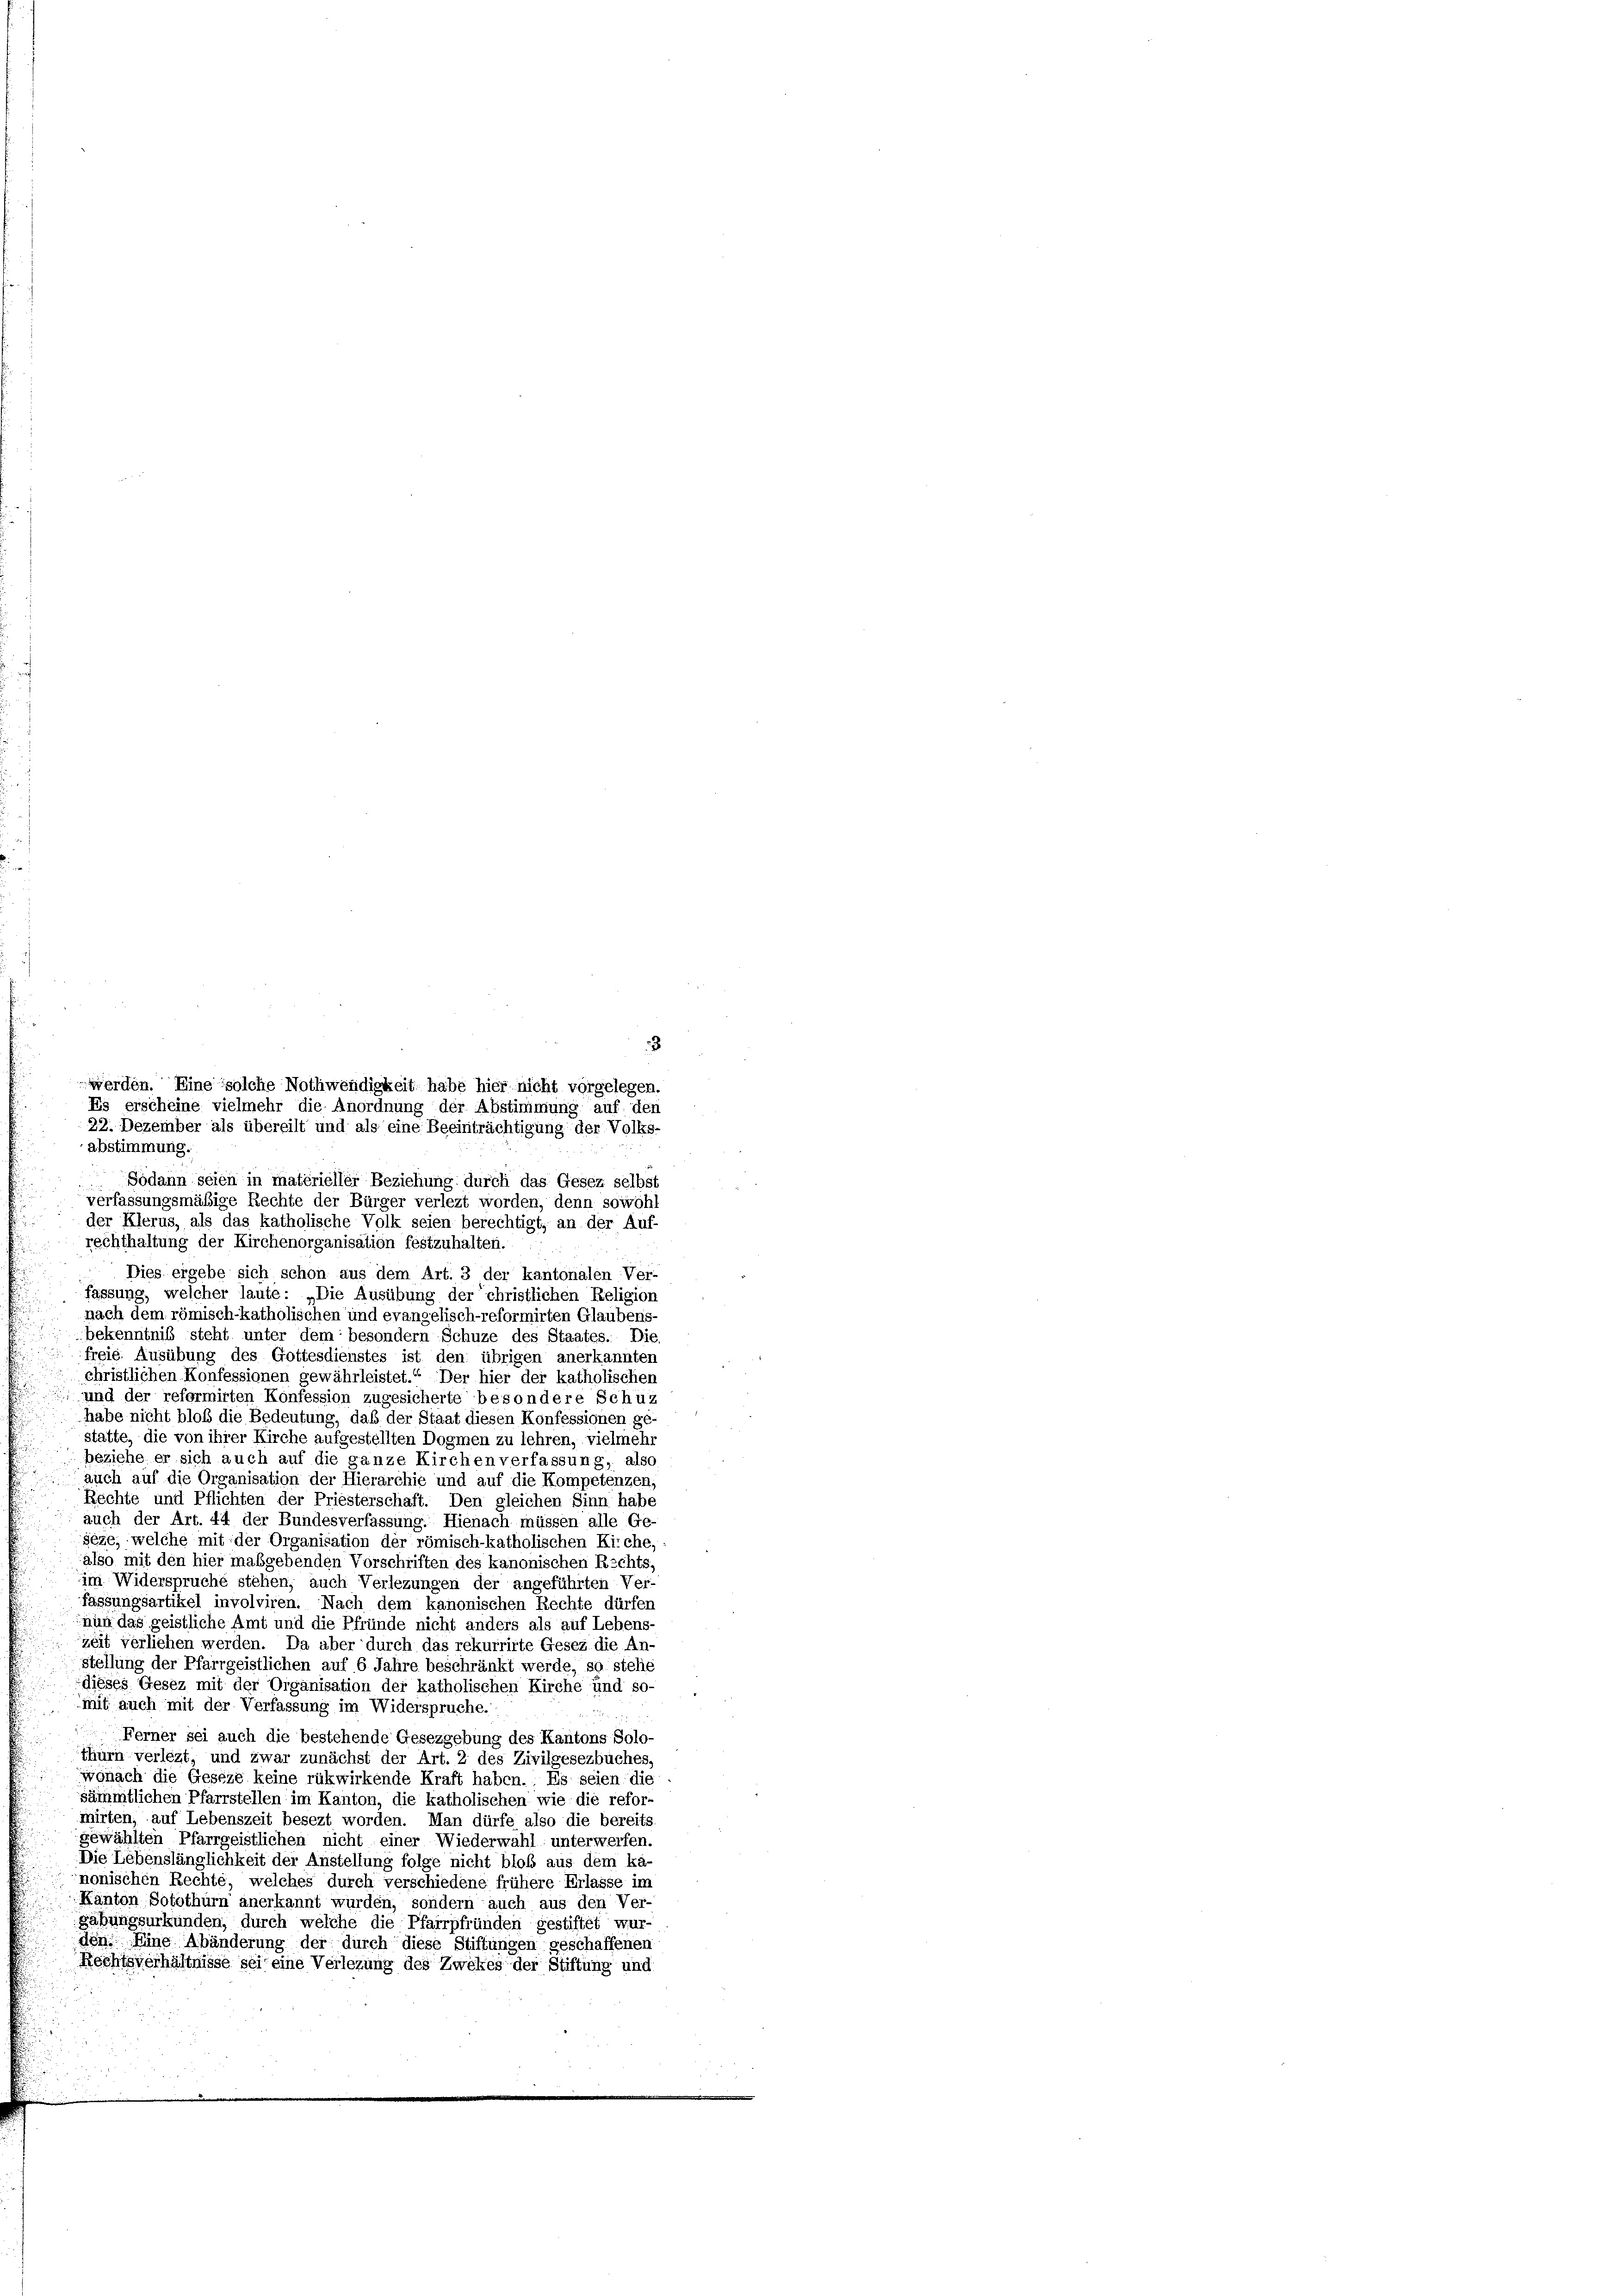
der Klerus, als das katholische Volk seien berechtigt, an der Auf-
rechthaltung der Kirchenorganisation festzuhalten.
Dies ergebe sich schon aus dem Art. 3 der kantonalen Ver-
fassung, welcher laute: „Die Ausübung der christlichen Religion
nach dem römisch-katholischen und evangelisch-reformirten Glaubens-
bekenntnis steht unter dem besondern Schuze des Staates. Die
freie Ausübung des Gottesdienstes ist den übrigen anerkannten
christlichen Konfessionen gewährleistet.“ Der hier der katholischen
und der reformirten Konfession zugesicherte besondere Schüz
habe nicht bloß die Bedeutung, daß der Staat diesen Konfessionen ge-
statte, die von ihrer Kirche aufgestellten Dogmen zu lehren, vielmehr
beziehe er sich auch auf die ganze Kirchen verfassung, also
auch auf die Organisation der Hierarchie und auf die Kompetenzen,
Rechte und Pflichten der Priesterschaft. Den gleichen Sinn habe
auch der Art. 44 der Bundesverfassung. Hienach müssen alle Ge-
seze, welche mit der Organisation der römisch-katholischen Kirche,
also mit den hier inabgebenden Vorschriften des kanonischen Rechts,
im Widerspruche stehen, auch Verlegungen der angeführten Ver-
fassungsartikel involviren. Nach dem kanonischen Rechte dürfen
nun das geistliche Amt und die Pfründe nicht anders als auf Lebens-
zeit verliehen werden. Da aber durch das rekurrirte Gesez die An
stellung der Pfarrgeistlichen auf 6 Jahre beschränkt werde, so stehe
dieses Gesez mit der Organisation der katholischen Kirche und so-
mit auch mit der Verfassung im Widerspruche.
Ferner sei auch die bestehende Gesezgebung des Kantons Solo-
thurn verlezt, und zwar zunächst der Art. 2 des Zivilgesezbuches,
wonach die Geseze keine rükwirkende Kraft haben. Es seien die
sämmtlichen Pfarrstellen im Kanton, die katholischen wie die refor-
mirten, auf Lebenszeit besezt worden. Man dürfe also die bereits
gewählten Pfarrgeistlichen nicht einer Wiederwahl unterwerfen.
Die Lebenslänglichkeit der Anstellung folge nicht bloß aus dem ka-
nonischen Rechte, welches durch verschiedene frühere Erlasse im
Kanton Solothurn anerkannt wurden, sondern auch aus den Ver-
gabungsurkunden, durch welche die Pfarrpfründen gestiftet wur-
don Eine Abänderung der durch diese Stiftungen geschaffenen
Rechtsverhältnisse sei eine Verlegung des Zwekes der Stiftung und

3
werden. Eine solche Nothwendigkeit habe hier nicht vorgelegen.
Es erscheine vielmehr die Anordnung der Abstimmung auf den
22. Dezember als übereilt und als eine Beeinträchtigung der Volks-
abstimmung.
Sodann seien in matérieller Beziehung durch das Gesez selbst
verfassungsmäßige Rechte der Bürger verlegt worden, denn sowohl